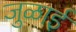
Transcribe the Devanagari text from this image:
जुळाई